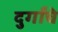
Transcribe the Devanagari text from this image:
दुर्गांचे